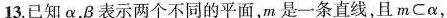
13.已知α，β表示两个不同的平面，m是一条直线，且m\subset α，